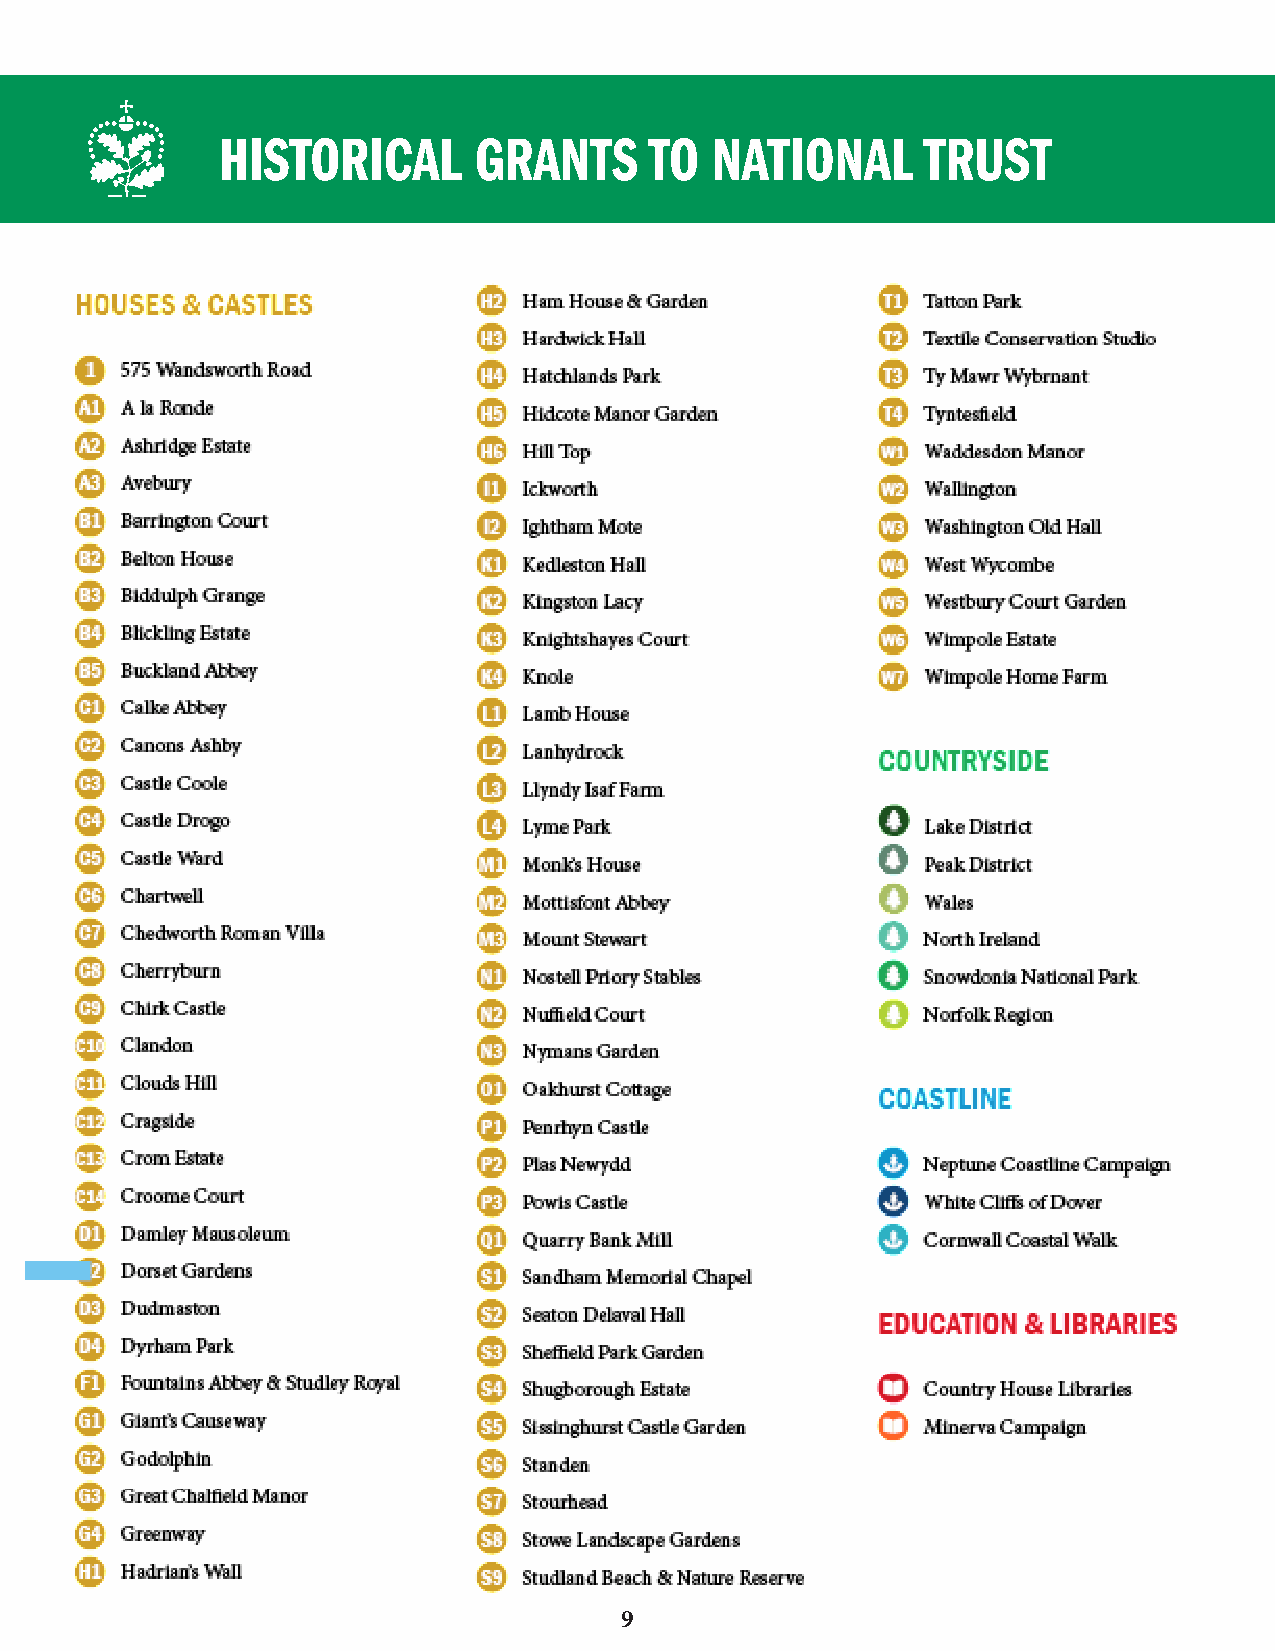
HISTORICAL       GRANTS      TO  NATIONAL      TRUST
 9